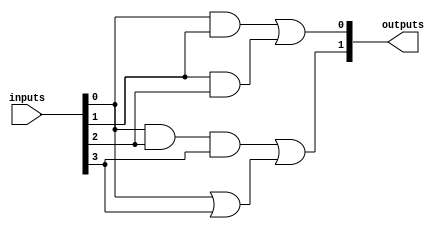
module masked_pal (
    input wire [N-1:0] inputs,   // N input lines
    output wire [M-1:0] outputs   // M output lines
);

// Parameters for the number of inputs and outputs
parameter N = 4; // Number of inputs
parameter M = 2; // Number of outputs

// Define the number of AND gates
parameter AND_GATE_COUNT = 4; // Number of AND gates in the PAL

// Internal wires for AND gate outputs
wire [AND_GATE_COUNT-1:0] and_outputs;

// AND gate programming (masking)
// Example programming for 4 AND gates
// Each AND gate can be programmed to respond to any combination of inputs
assign and_outputs[0] = inputs[0] & inputs[1];           // AND Gate 0: A & B
assign and_outputs[1] = inputs[1] & inputs[2];           // AND Gate 1: B & C
assign and_outputs[2] = inputs[0] & inputs[2] & inputs[3]; // AND Gate 2: A & C & D
assign and_outputs[3] = inputs[0] | inputs[3];           // AND Gate 3: A | D (example of combinational logic)

// OR Plane - Fixed connections to AND gate outputs
assign outputs[0] = and_outputs[0] | and_outputs[1]; // OR Gate 0: Output from AND Gate 0 and 1
assign outputs[1] = and_outputs[2] | and_outputs[3]; // OR Gate 1: Output from AND Gate 2 and 3

endmodule